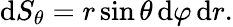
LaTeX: \mathrm{d}S_{\theta}=r\sin\theta\, \mathrm{d}\varphi\, \mathrm{d}r.